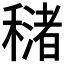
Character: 𥢳